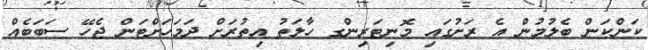
ކަންކަން ބެލުމުން އެ ރަށުގައި މޮނިޓަރިންގ ހާލަތު އިތުރަށް ދަމަހަށްޓަން ޖެހޭ ސަބަބެއް